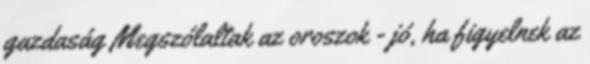
gazdaság Megszólaltak az oroszok - jó, ha figyelnek az